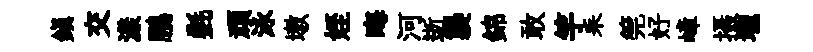
鎮交漾鵬㲲頑泳墩姪晦河逝襲錦敢竽耒筦好嶂摄壠